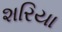
શરિયા